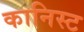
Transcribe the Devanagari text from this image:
कानिस्ट